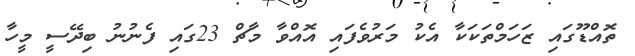
ތޮއްޑޫގައި ޒަހަމްތަކަކާ އެކު މަރުވެފައި އޮއްވާ މާޗް 23ގައި ފެނުނު ބިދޭސީ މީހާ